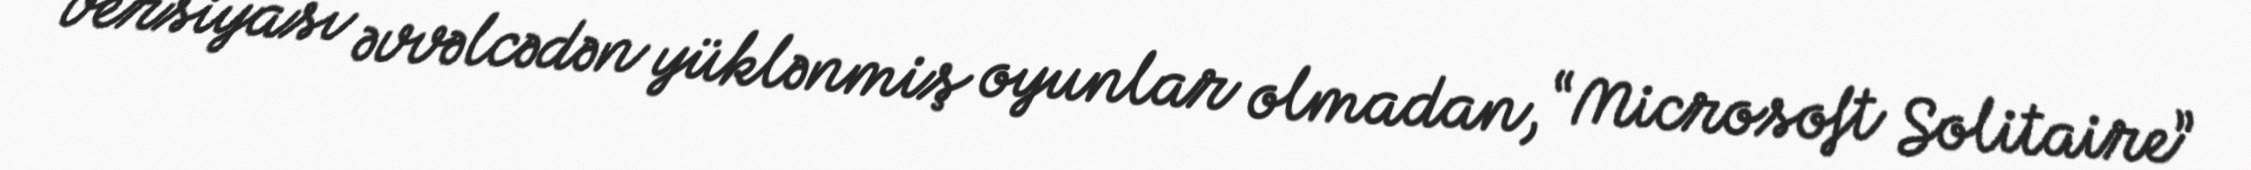
versiyası əvvəlcədən yüklənmiş oyunlar olmadan, “Microsoft Solitaire”